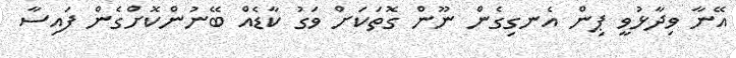
އޭނާ ވިދާޅުވީ ޕިން އެނގިގެން ނޫން ގޮތަކަށް ވަގު ކާޑެއް ބޭނުންކޮށްގެން ފައިސާ